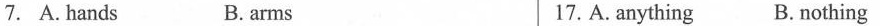
7. A. hands B. arms 17. A. anything B. nothing